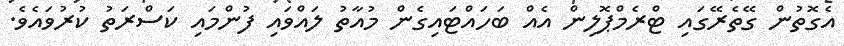
އެގޮތުން ގޭތެރޭގައި ޓްރެމްޕޮލިން އެއް ބަހައްޓައިގެން މުއާތު ލައްވައި ފުންމައި ކަސްރަތު ކުރުވައެވެ.